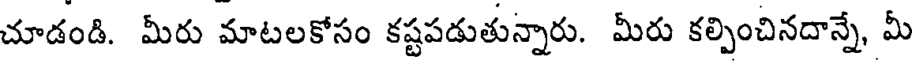
చూడండి. మీరు మాటలకోసం కష్టపడుతున్నారు. మీరు కల్పించినదాన్నే, మీ